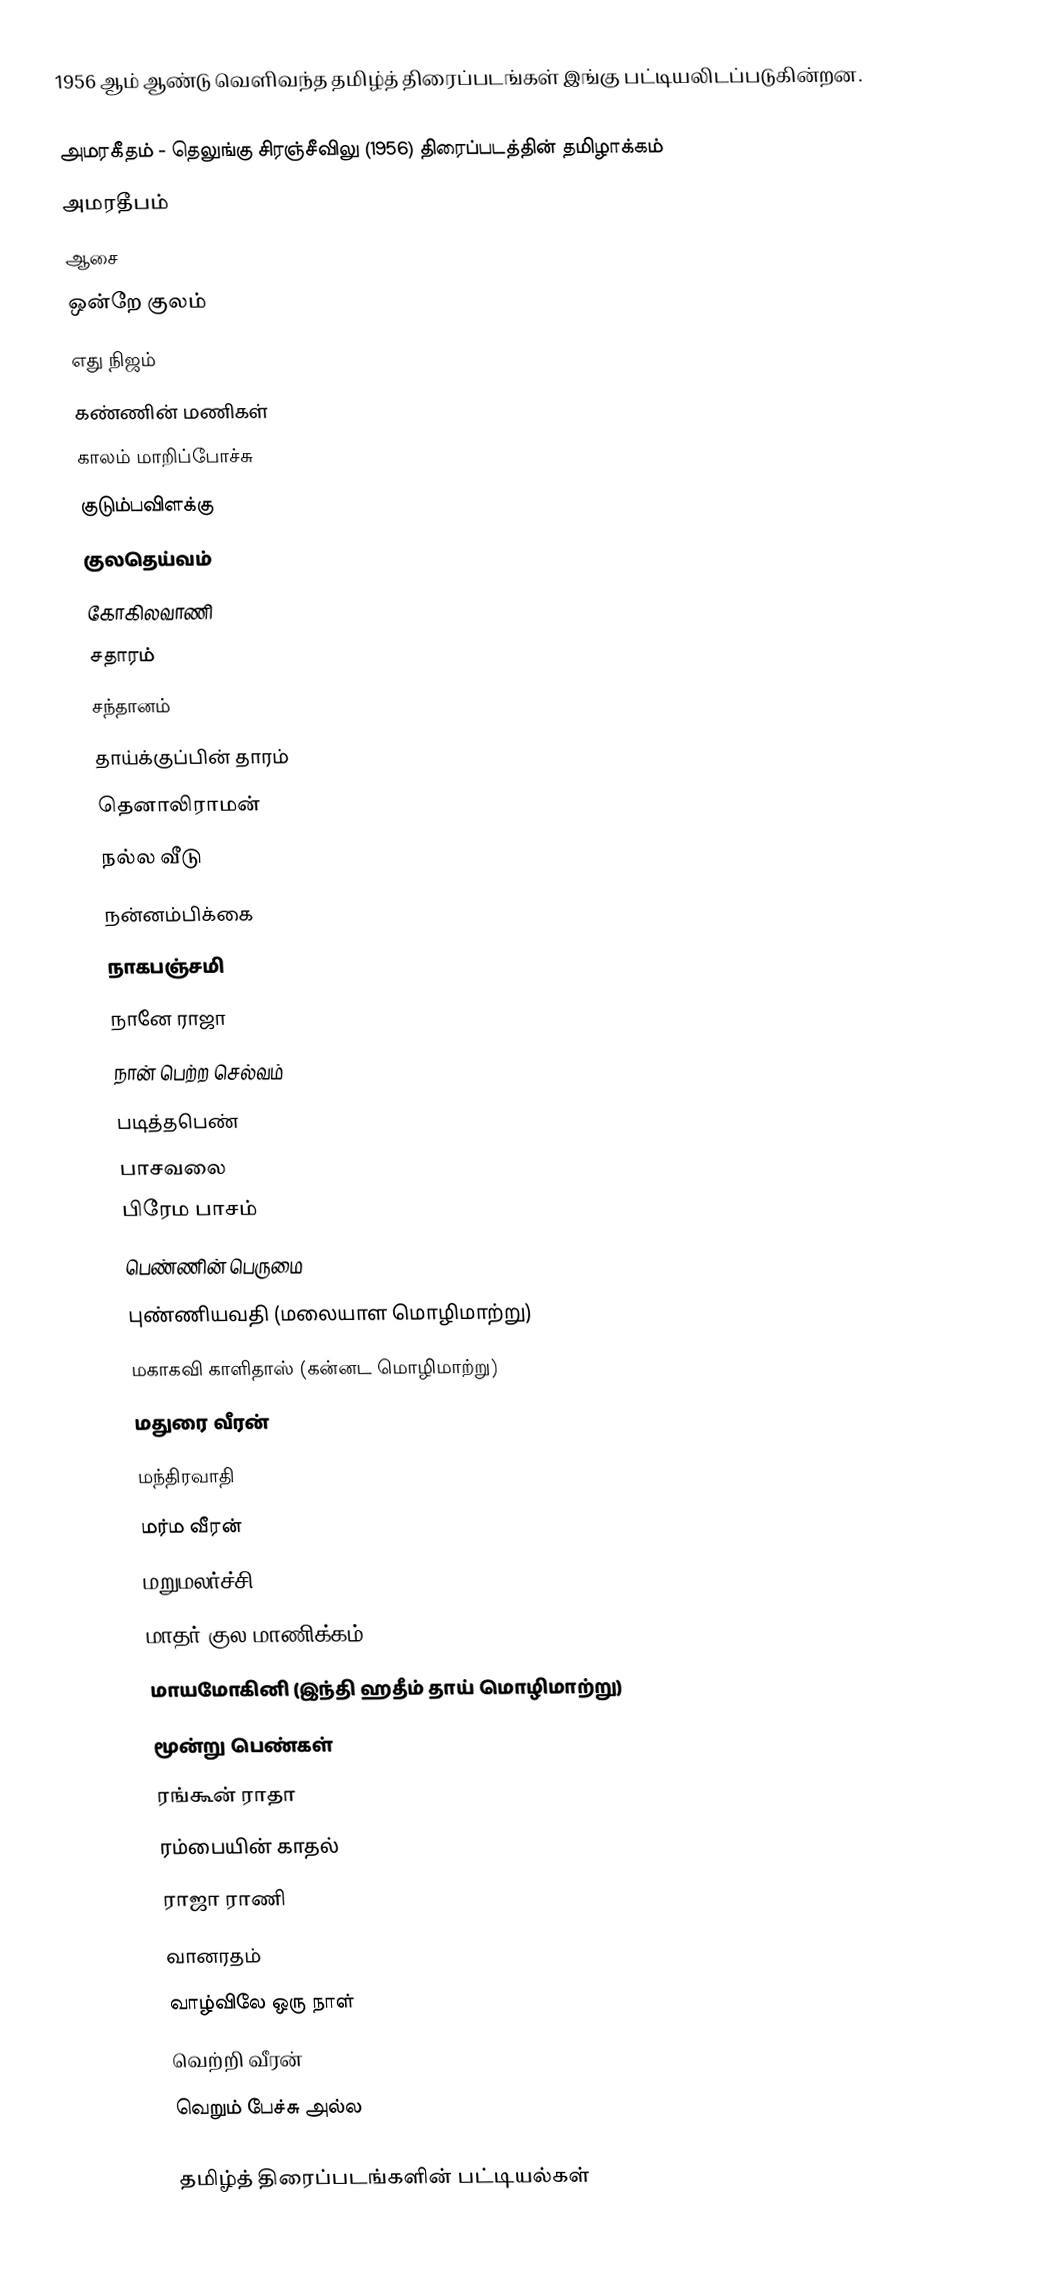
1956 ஆம் ஆண்டு வெளிவந்த தமிழ்த் திரைப்படங்கள் இங்கு பட்டியலிடப்படுகின்றன.

 அமரகீதம் - தெலுங்கு சிரஞ்சீவிலு (1956) திரைப்படத்தின் தமிழாக்கம்
 அமரதீபம்
 ஆசை
 ஒன்றே குலம்
 எது நிஜம்
 கண்ணின் மணிகள்
 காலம் மாறிப்போச்சு
 குடும்பவிளக்கு
 குலதெய்வம்
 கோகிலவாணி
 சதாரம்
 சந்தானம்
 தாய்க்குப்பின் தாரம்
 தெனாலிராமன்
 நல்ல வீடு
 நன்னம்பிக்கை
 நாகபஞ்சமி
 நானே ராஜா
 நான் பெற்ற செல்வம்
 படித்தபெண்
 பாசவலை
 பிரேம பாசம்
 பெண்ணின் பெருமை
 புண்ணியவதி (மலையாள மொழிமாற்று)
 மகாகவி காளிதாஸ் (கன்னட மொழிமாற்று)
 மதுரை வீரன்
 மந்திரவாதி
 மர்ம வீரன்
 மறுமலர்ச்சி
 மாதர் குல மாணிக்கம்
 மாயமோகினி (இந்தி ஹதீம் தாய் மொழிமாற்று)
 மூன்று பெண்கள்
 ரங்கூன் ராதா
 ரம்பையின் காதல்
 ராஜா ராணி
 வானரதம்
 வாழ்விலே ஒரு நாள்
 வெற்றி வீரன்
 வெறும் பேச்சு அல்ல

தமிழ்த் திரைப்படங்களின் பட்டியல்கள்